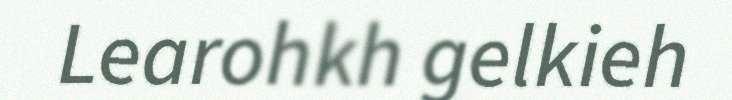
Learohkh gelkieh